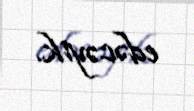
edəcəyik.